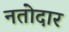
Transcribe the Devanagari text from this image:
नतोदार